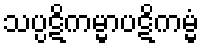
သပ္ပဋိကမ္မာပဋိကမ္မံ